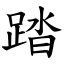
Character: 踏